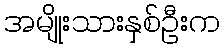
အမျိုးသားနှစ်ဦးက